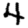
Digit: 4